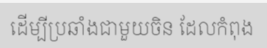
ដើម្បីប្រឆាំងជាមួយចិន ដែលកំពុង